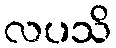
လပသိ